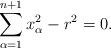
LaTeX: \begin{align*}\sum_{\alpha =1}^{n+1}x_{\alpha }^{2}-r^{2}=0.\end{align*}